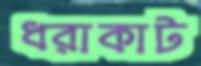
ধরাকাট